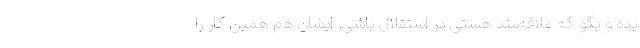
بده و بگو که علاقه‌مند هستی در استقلال باشی. ایشان هم همین کار را